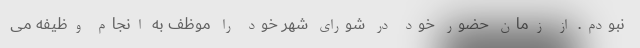
نبودم. از زمان حضور خود در شورای شهر خود را موظف به انجام وظیفه می